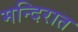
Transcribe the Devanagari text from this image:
मन्दिरात